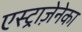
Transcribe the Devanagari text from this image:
एस्ट्राज़ेनेका